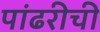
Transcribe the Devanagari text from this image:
पांढरीची